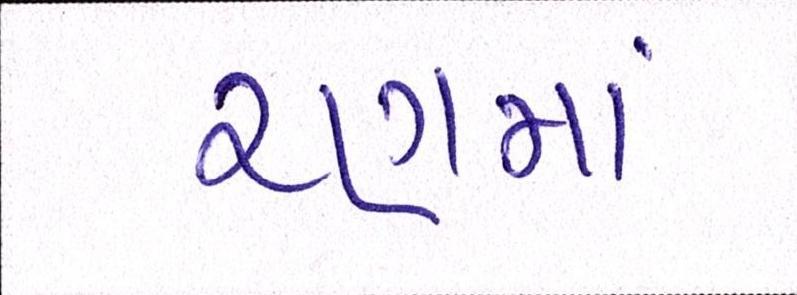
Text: રણમાં